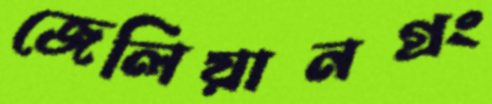
জেলিয়ানগ্রং